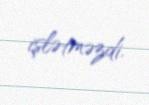
işlətməzdi.